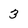
Character: 3